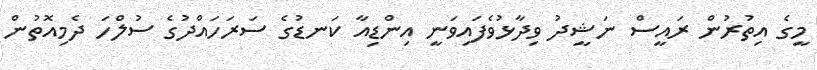
މީގެ އިތުރުން ރައީސް ނަޝީދު ވިދާޅުވެފައިވަނީ އިންޑިއާ ކަނޑުގެ ސަރަހައްދުގެ ސުލްހަ ދެމިއޮތުން